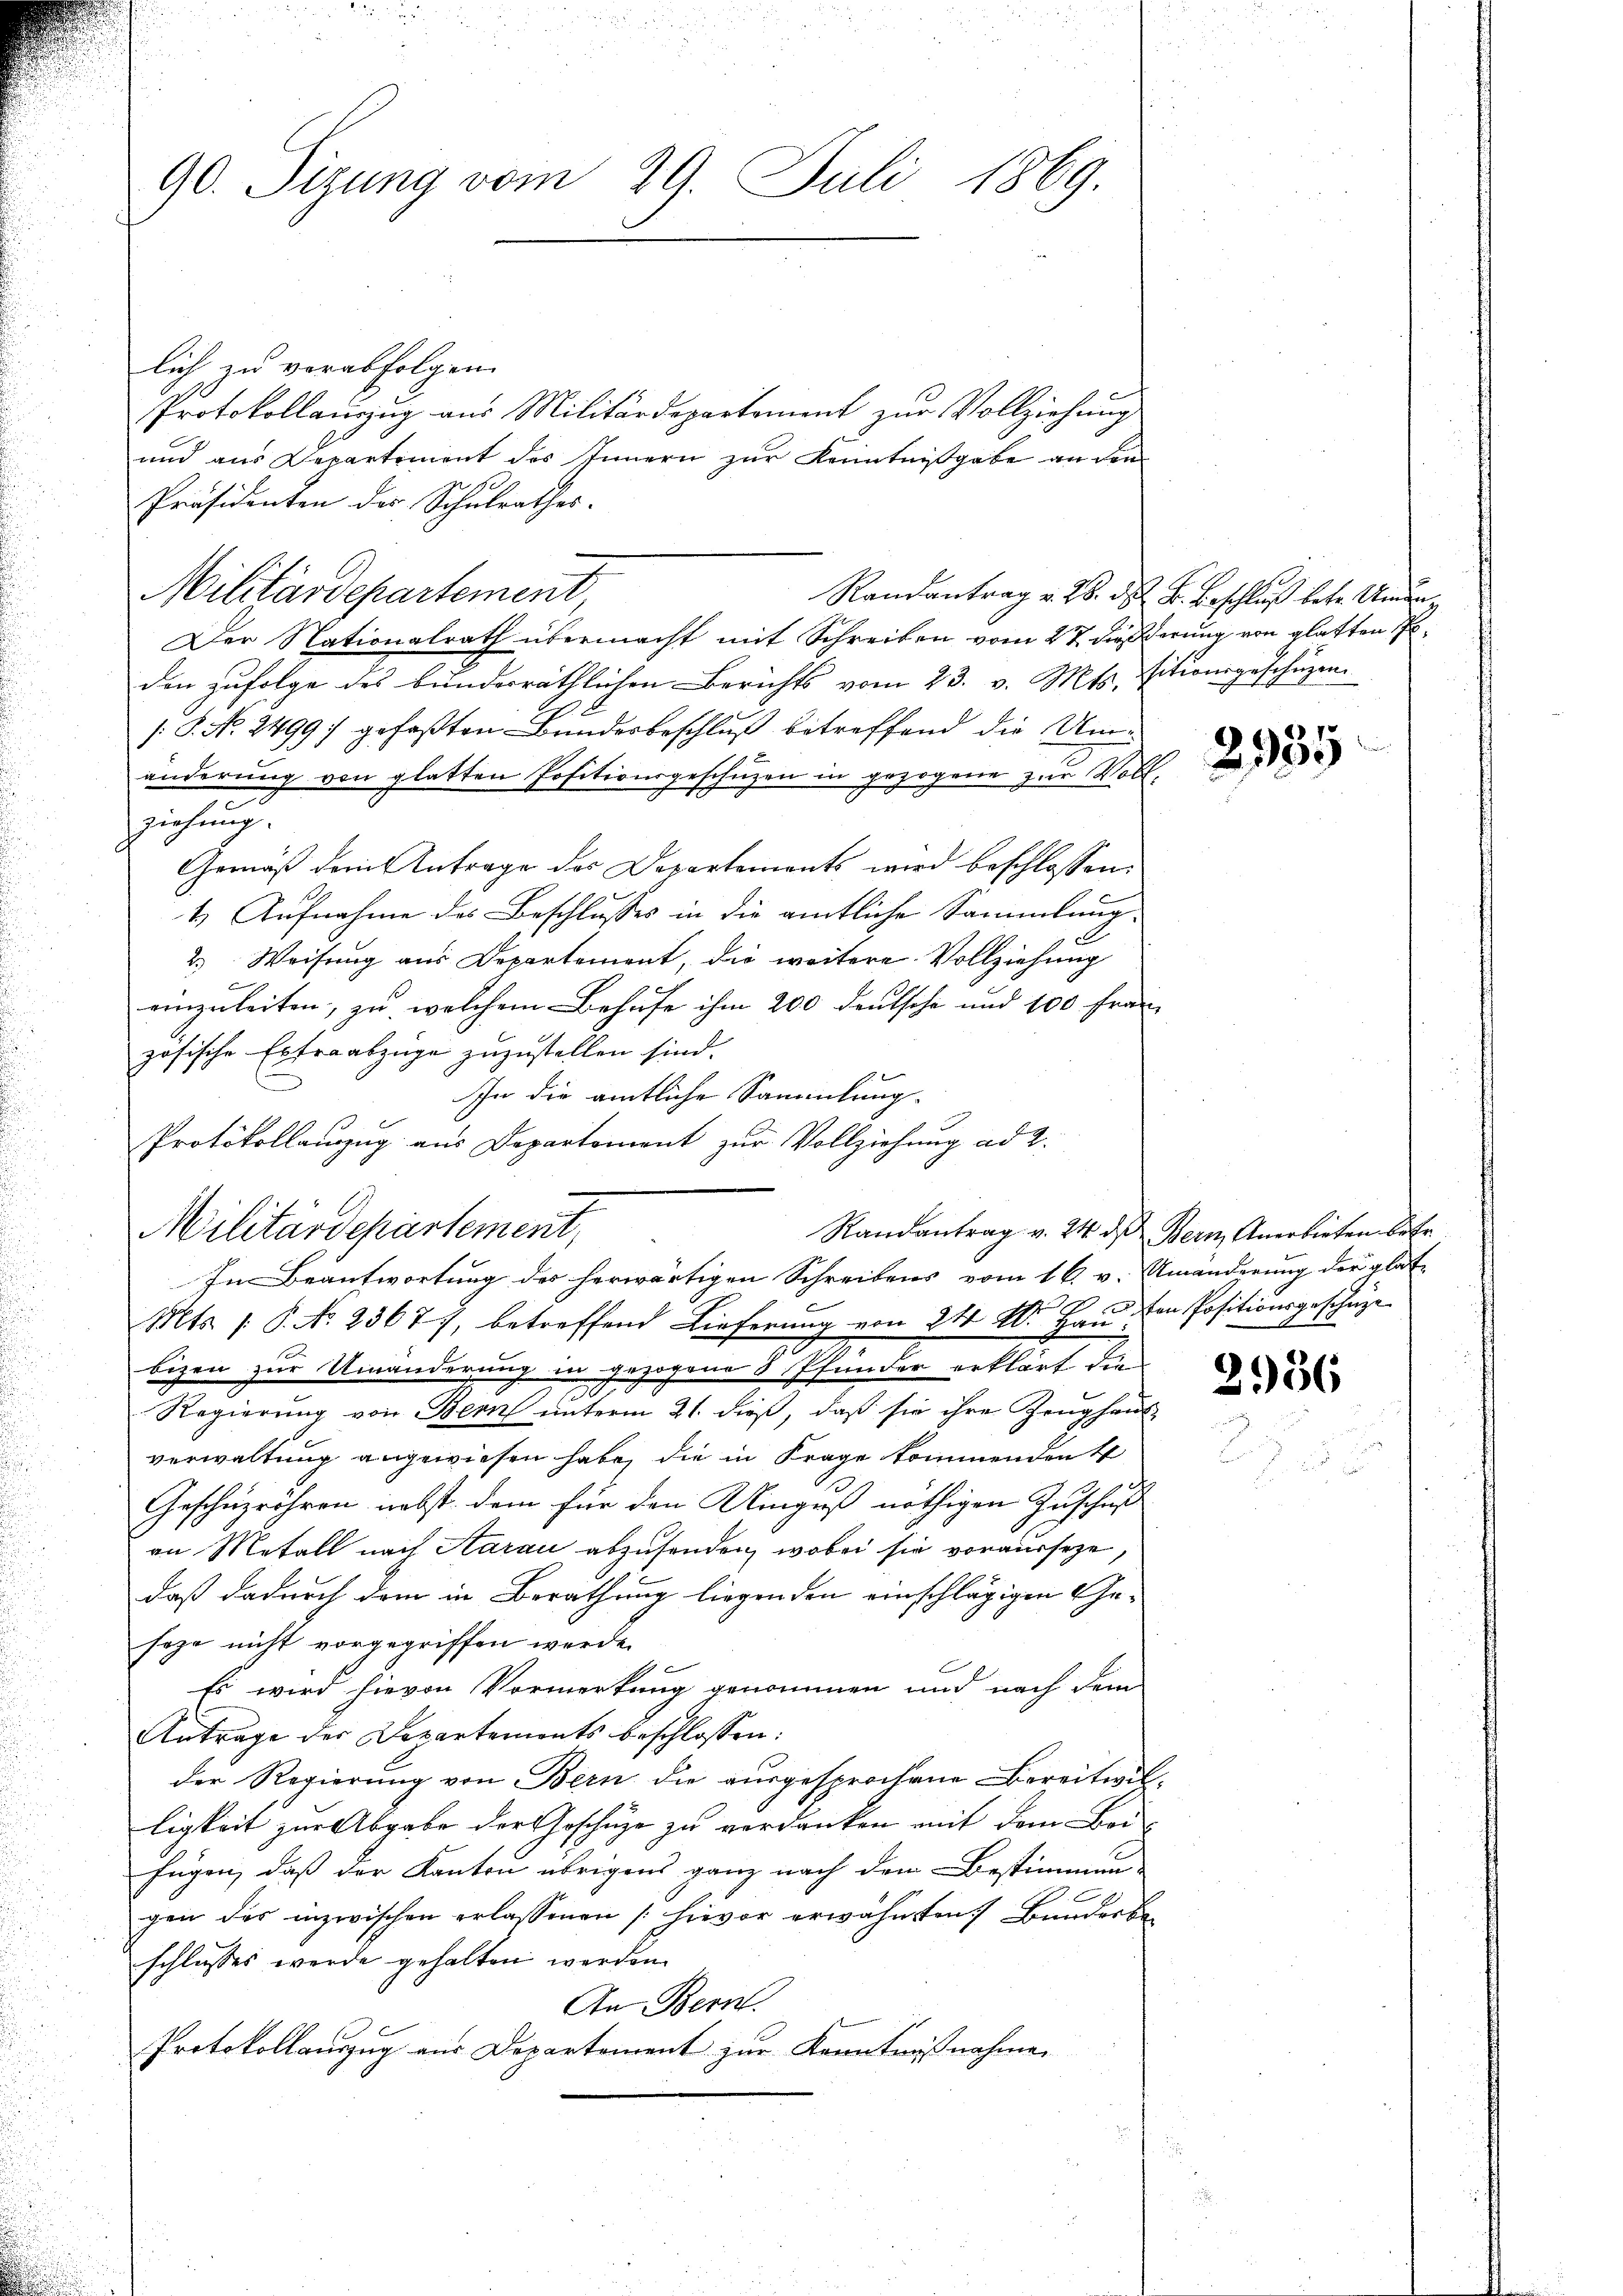
90. Sizung vom 20. Juli 1869.

lich zu vorabfolgen.
Protokollanzzug aus Militärdepartement zur Vollziehung
und aus Departement des Innern zur Kenntnißgabe an den
Präsidenten der Schulrathes.
Militärdepartement
Der Nationalrath übermacht mit Schreiben vom 27. dieß derung von glatten
den zŭfolge des bünderräthlichen Berichts vom 23. v. Mts. sitwurgeschŭzen.
[S. N. 2499 :/ gefaßten Bundesbeschluß betreffend die Umänderung von glatten Positionsgeschüzen in gezogene zur Voll-
ziehung.
Gemäß dem Antrage des Departements wird beschlossen:
1) Aufnahme des Beschlusses in die amtliche Sammlung-
2.) Weisung aus Departement, die weitere Vollziehung
einzuleiten, zu welchem Behufe ihm 200 deutsche und 100 Frau
zösische Extraabzüge zuzustellen sind.
In die amtliche Sammlung.
Militärdepartement,
Randantrag v. 24 des Bern Anerbieten betr
Mts. (: P. No 23677, betreffend Lieferung von 24 Dr. Hau von Positionsgeschüze
bizen zur Umänderung in gezogene 3 Pfunder erklärt die
e
Regierung von Bern unterm 21. dieß, daß sie ihre Zeughaus
verwaltung angewiesen habe, die in Frage kommendenk
Geschäzröhren nebst dem für den Umguß nöthigen Zuschuß
an Metall nach Aarau abzusenden, wobei sie vorausseze,
daß dadurch dem in Berathung liegenden einschlägigen Gesoza nicht vorgegriffen werde.
Es wird hievon Vormerkung genommen und nach dem
Antrage der Departements beschlossen:
der Regierung von Bern die ausgesprochene Bereitwilligkeit zur Abgabe der Geschüze zu verdanken mit dem Bei-
fügen, daß der Kanton übrigens ganz nach dem Bestimmung
gen des inzwischen erlassenen hievor erwähnten Bunderbaschlusses werde gehalten werden.
An Bern.
Protokollauszug aus Departement zur Kenntnißnahme

Protokollauszug aus Departement zur Vollziehung ad 2.
In Beantwortung des herwärtigen Schreibens vom 16. v. Umänderung der glat

Randantrag v. 28. ds. B. Beschluß betr. Unden

2935

2956